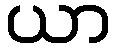
ယာ